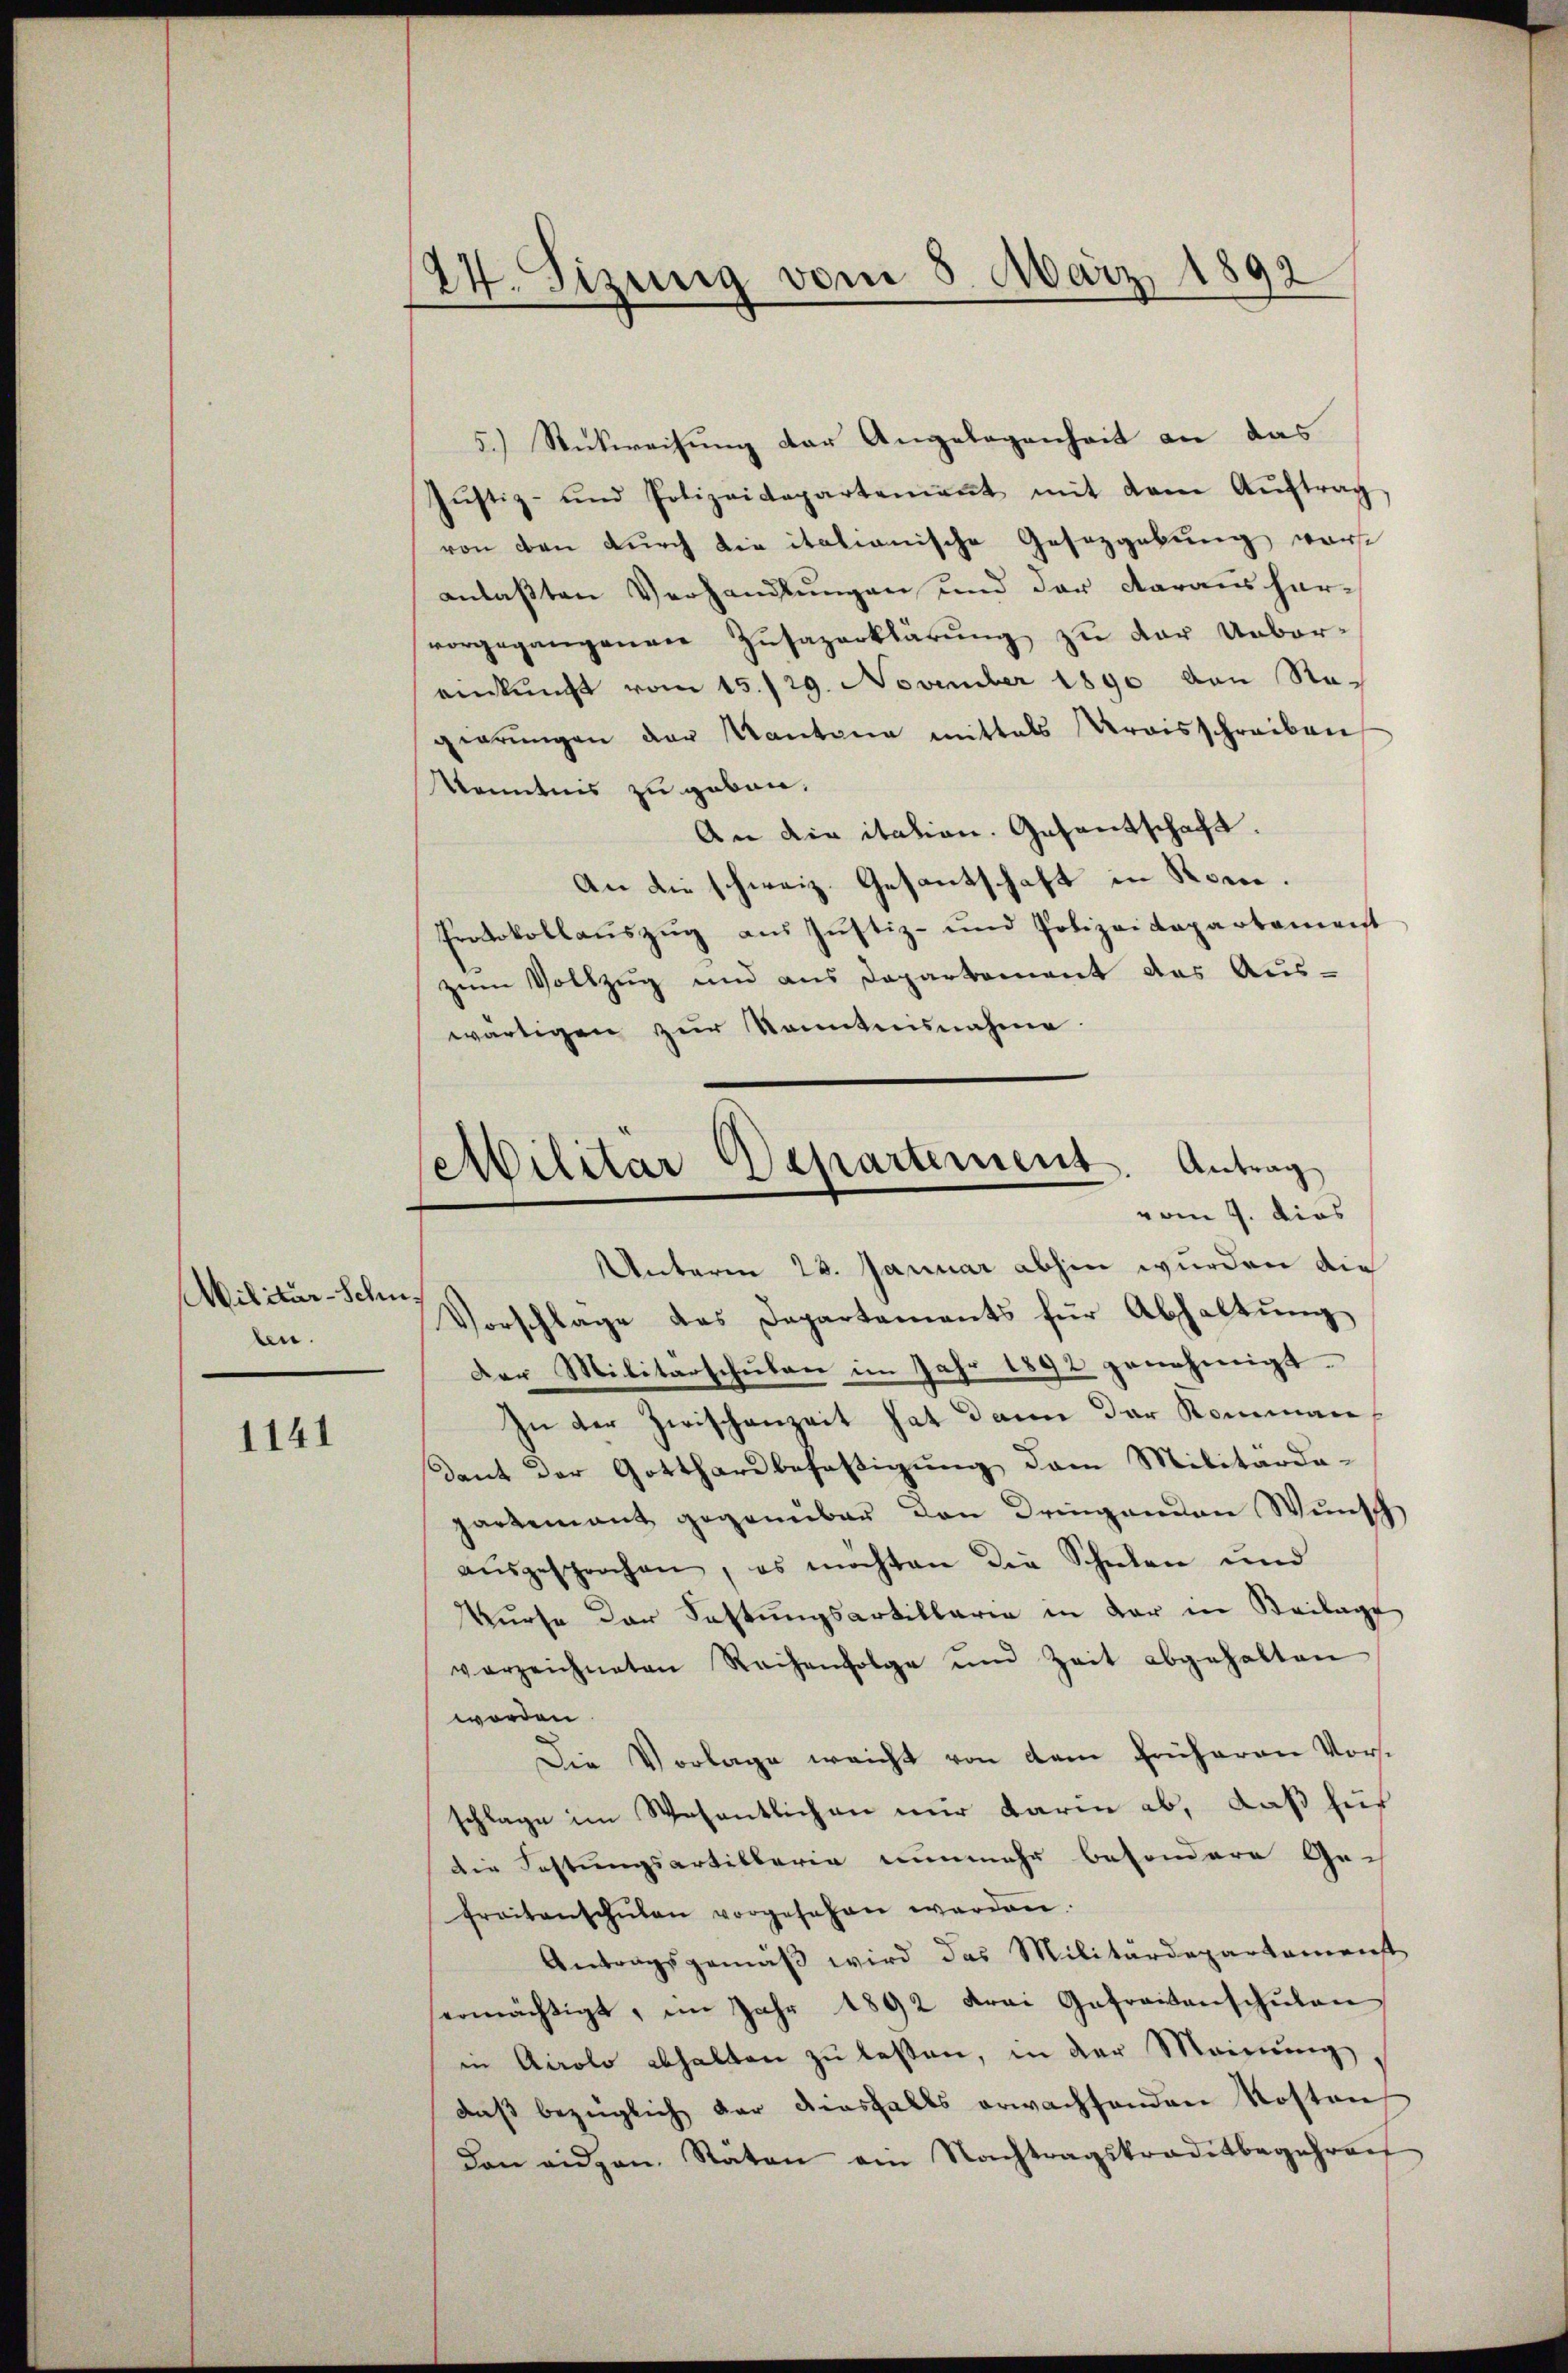
Militär-Schuben.

1141

124. Sizung vom 5. März 1892

Militär Departement. Antrag
vom 9. dies

5.) Rückweisung der Angelegenheit an das
Jŭstiz- und Polizeidepartement mit dem Aŭftrag
von den durch die italianische Gesetzgebung warst
anlaßten Verhandlungen und der darausharvorgegangenen Zusazerklärung zu der Ueberenkunft vom 15./29. November 1890 von Regearŭngen der Kantana mittels Kraisschreiben
Kenntnis zu geben.
An die itation. Gesantschaft.
An die schweiz. Gesantschaft in Rom.
Protokollauszug aus Justiz- und Polizeidepartement
zum Vollzug und aus Departement des Aus-
wärtigen zur Kenntnisnahme.
Unterm 23. Januar abhin wurden die
Vorschlage des Departements für Abhaltŭng
Der Militärschulen im Jahr 1892 genehmigt.
In der Zwischenzeit hat dann der Komman¬
Dant der Gotthardbefestigung dem Militarda-
partenant gegenüber den Dringenden Wunsch
aŭsgesprochen, es möchten die Schulen und
Kurse der Fastungsartillaria in der in Beilage
verzeichneten Reihenfolge und Zeit abgehalten
worden
Die Vorlage weicht von dem früheren Vorschlage im Wesentlichen nur darin ab, daß für
die Festungsartillaria nunmehr besondere Gech
freitenschŭlen vorgesehen werden.
Antragsgemäβ wird das Militärdepartamenst
ermächtigt, im Jahr 1892 drei Gefreitanschŭlen
in Airolo abhalten zu lassen, in der Meinung,
daβ bezüglich der diesfalls erwachsenden Kosten
Von eidgen. Stäten ein Nachtragstraditbegehren